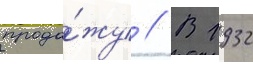
прода́жу // В 1932